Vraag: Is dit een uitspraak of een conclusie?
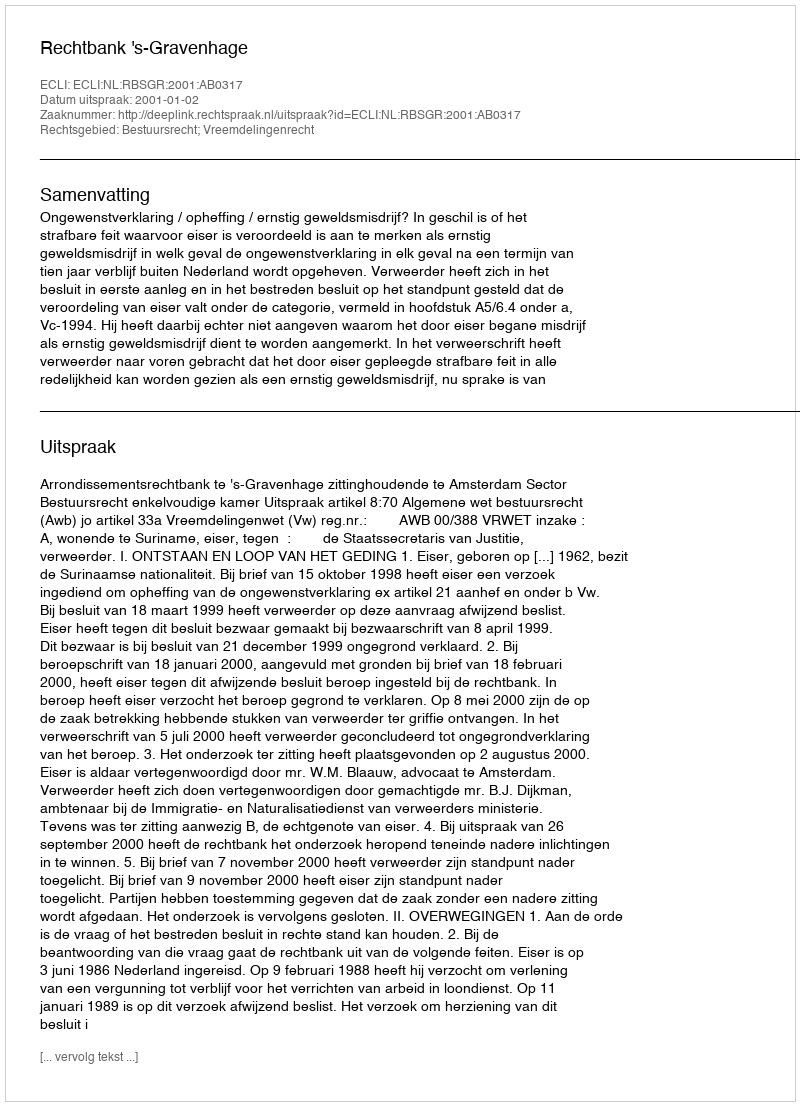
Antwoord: Uitspraak